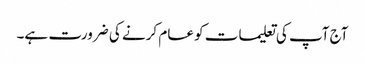
آج آپ کی تعلیمات کو عام کرنے کی ضرورت ہے۔